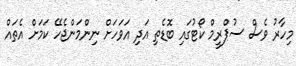
މިހާރު ވެސް ސުޕްރީމް ކޯޓުގައި ބޮޑެތި އަދި އަވަހަށް ނިންމަންޖެހޭ ކަމަށް އެތައް